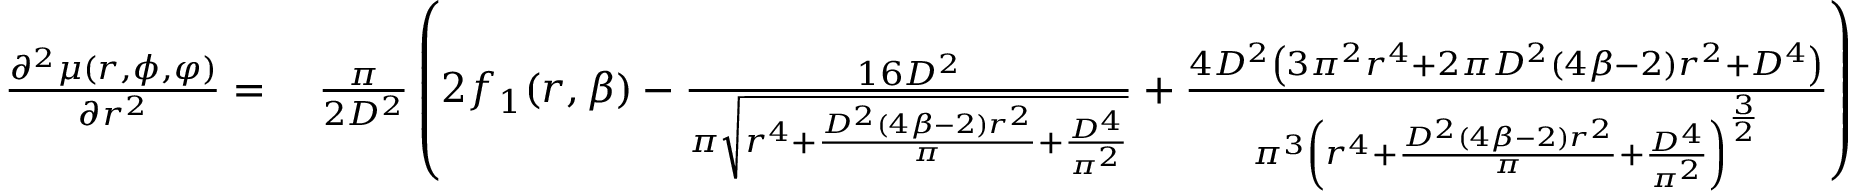
\begin{array} { r l } { \frac { \partial ^ { 2 } \mu ( r , \phi , \varphi ) } { \partial r ^ { 2 } } = } & { \; \frac { \pi } { 2 D ^ { 2 } } \left( 2 f _ { 1 } ( r , \beta ) - \frac { 1 6 D ^ { 2 } } { { \pi } \sqrt { r ^ { 4 } + \frac { D ^ { 2 } ( 4 \beta - 2 ) r ^ { 2 } } { { \pi } } + \frac { D ^ { 4 } } { { \pi } ^ { 2 } } } } + \frac { 4 D ^ { 2 } \left( 3 \pi ^ { 2 } r ^ { 4 } + 2 \pi D ^ { 2 } ( 4 \beta - 2 ) r ^ { 2 } + D ^ { 4 } \right) } { { \pi } ^ { 3 } \left( r ^ { 4 } + \frac { D ^ { 2 } ( 4 \beta - 2 ) r ^ { 2 } } { { \pi } } + \frac { D ^ { 4 } } { { \pi } ^ { 2 } } \right) ^ { \frac { 3 } { 2 } } } \right) } \end{array}